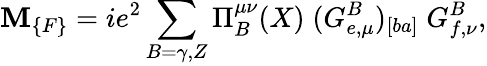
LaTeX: \mathbf{M}_{\{ F\} }=ie^{2}\sum_{B=\gamma,Z}\Pi_{B}^{\mu\nu}(X)\; (G_{e,\mu}^{B})_{[ba]}\; G_{f,\nu}^{B},